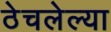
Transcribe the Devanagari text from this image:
ठेचलेल्या